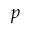
p